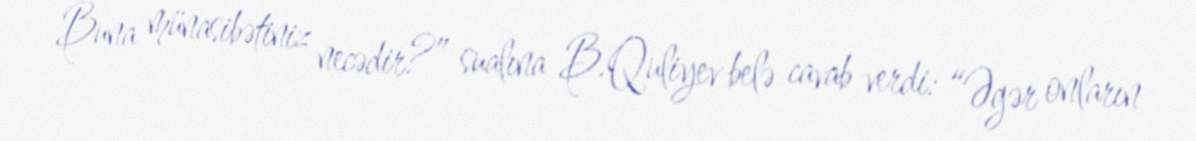
Buna münasibətiniz necədir?” sualına B.Quliyev belə cavab verdi: “Əgər onların